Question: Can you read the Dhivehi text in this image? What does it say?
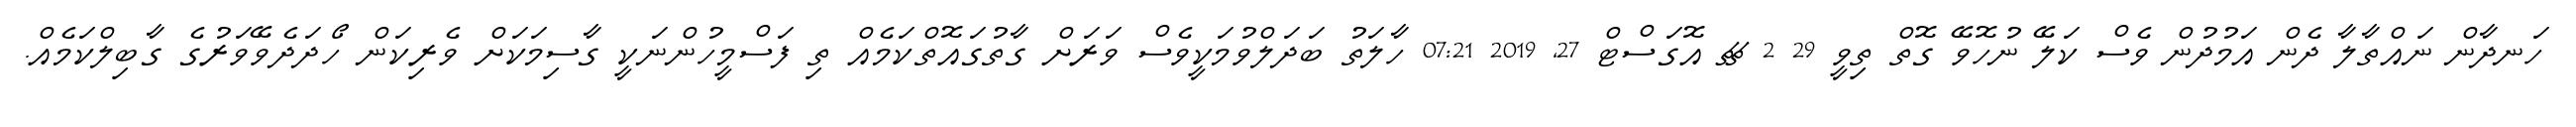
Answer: ހަނދާން ނައްތާލާ ދެން އަމުދުން ވެސް ކަލޭ ނުހޮވޭ ގޮތް ތިވީ 29 2 ޗޗ އޮގަސްޓް 27, 2019 07:21 ހާލަތު ބަދަލްވުމަކީވެސް ވަރަށް ގާތުގައޮތްކަމެއް ތި ފަސްމީހުންނަކީ ގާސިމަކަށް ވެރިކަން ހޯދަދެވޭވަރުގެ ގާބިލްކަމެއް.